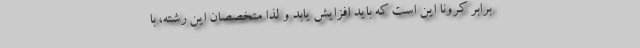
برابر کرونا این است که باید افزایش یابد و لذا متخصصان این رشته، با